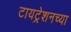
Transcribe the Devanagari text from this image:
टायट्रेशनच्या